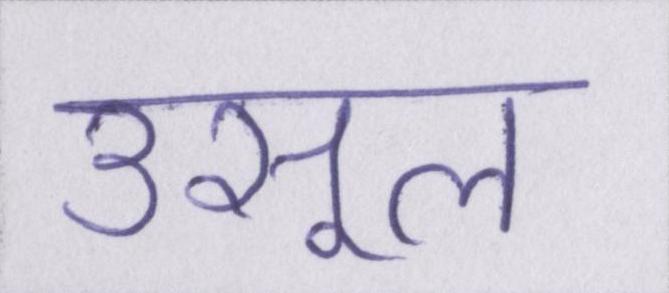
उसूल